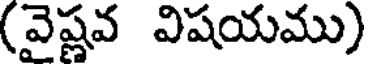
(వైష్ణవ విషయము)